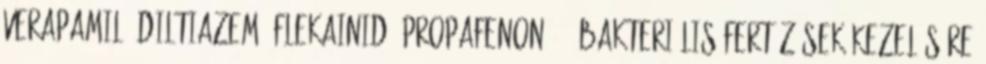
verapamil, diltiazem, flekainid, propafenon . - Bakteriális fertőzések kezelésére